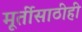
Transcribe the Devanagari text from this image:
मूर्तीसाठीही